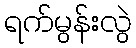
ရက်မွန်းလွဲ